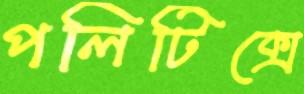
পলিটিক্সে